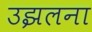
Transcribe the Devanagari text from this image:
उझलना